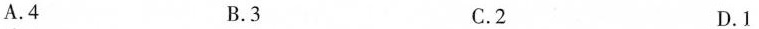
A.4 B.3 C.2 D.1